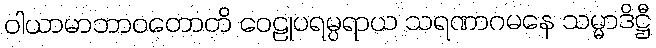
ဝါယာမာဘာဝတောတိ ဝေဠုပရမ္ပရာယ သရဏာဂမနေ သမ္မာဒိဋ္ဌီ